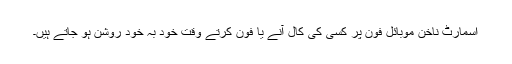
اسمارٹ ناخن موبائل فون پر کسی کی کال آنے یا فون کرتے وقت خود بہ خود روشن ہو جاتے ہیں۔